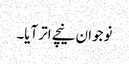
نوجوان نیچے اتر آیا۔